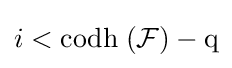
i<{\rm {{codh}\;({\mathcal {F}})-q}}